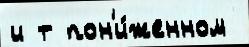
и т пон'и́женном